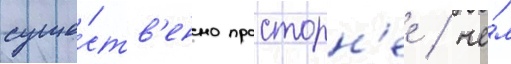
суще́ств'енно просторн'ее / че́м